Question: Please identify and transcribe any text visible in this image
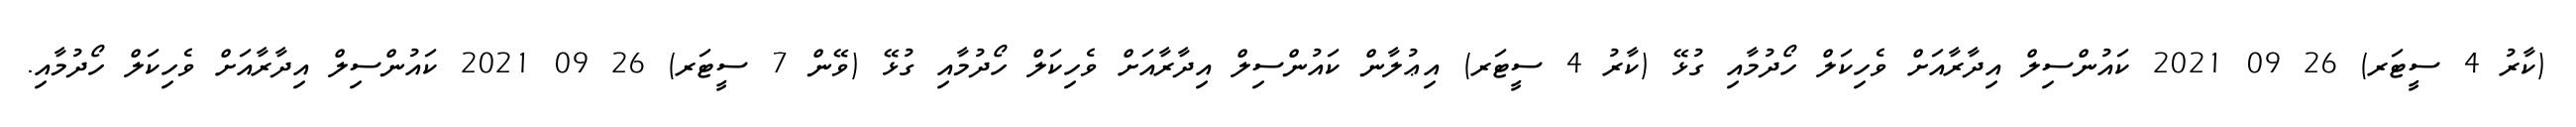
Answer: (ކާރު 4 ސީޓަރ) 26 09 2021 ކައުންސިލް އިދާރާއަށް ވެހިކަލް ހޯދުމާއި ގުޅޭ (ކާރު 4 ސީޓަރ) އިޢުލާން ކައުންސިލް އިދާރާއަށް ވެހިކަލް ހޯދުމާއި ގުޅޭ (ވޭން 7 ސީޓަރ) 26 09 2021 ކައުންސިލް އިދާރާއަށް ވެހިކަލް ހޯދުމާއި.